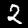
Digit: 2